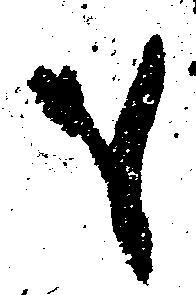
も